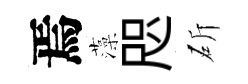
焉藻咫斫